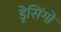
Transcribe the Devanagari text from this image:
ड्रेसिंगों